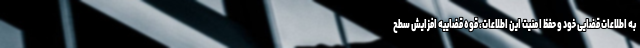
به اطلاعات قضایی خود و حفظ امنیت این اطلاعات، قوه قضاییه افزایش سطح